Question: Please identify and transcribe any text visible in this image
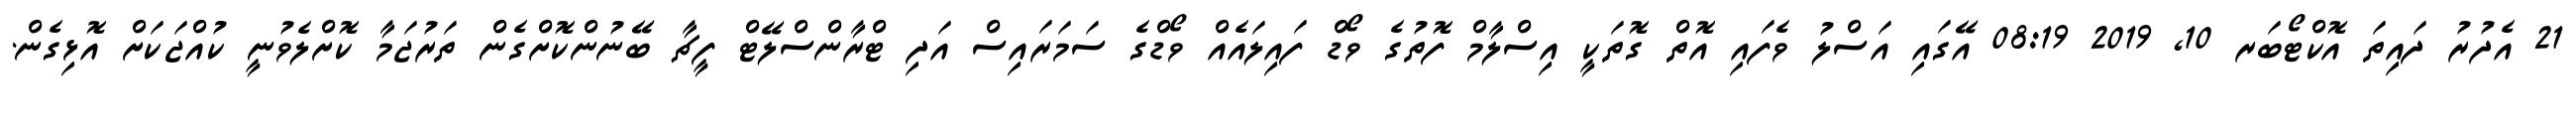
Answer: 21 އެދުރު ދައިތަ އޮކްޓޯބަރ 10, 2019 08:19 އޭގައި އަސްލު ވެފައި އޮތް ގޮތަކީ އިސްލާމް ފޮތުގެ ވޯޑް ފައިލައެއް ވޯޑްގެ ސަމަރައިސް އަދި ޓްރާންސްލޭޓް ފީޗާ ބޭނުންކޮށްގެން ތަރުޖަމާ ކޮށްލެވުނީ ކުއްޖަކަށް އޮޅިގެން.